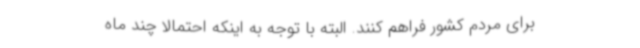
برای مردم کشور فراهم کنند. البته با توجه به اینکه احتمالا چند ماه